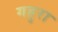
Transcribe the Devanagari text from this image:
गहुरा